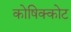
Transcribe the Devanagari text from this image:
कोषिक्कोट